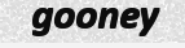
gooney